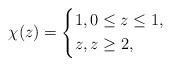
LaTeX: \begin{align*}\chi(z)=\left\{ \begin{alignedat}{-1}&1, 0\le z\le 1,\\&z, z\ge 2,\end{alignedat}\right.\end{align*}